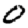
Digit: 0